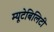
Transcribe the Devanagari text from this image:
म्यूटेबिलिटी